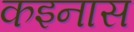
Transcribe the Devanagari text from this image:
कइनास